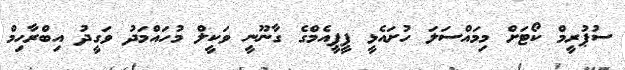
ސުޕުރީމް ކޯޓަށް މިމައްސަލަ ހުށައެޅީ ޕީޕީއެމްގެ ގާނޫނީ ވަކީލް މުހައްމަދު ވަގީދު އިބްރާހިމް